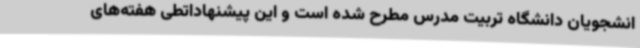
انشجویان دانشگاه تربیت مدرس مطرح شده است و این پیشنهاداتطی هفته‌های